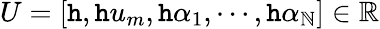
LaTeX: U=[\mathtt{h},\mathtt{h}u_{m},\mathtt{h}\alpha_{1},\cdots,\mathtt{h}\alpha_{\mathbb{N}}]\in\mathbb{{R}}